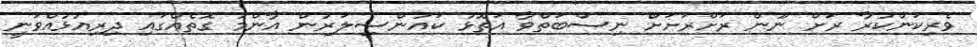
ވެރިކަންކުރާ ރަށް ނޫން ރަށްރަށަށް ނިސްބަތްވާ އަތޮޅު ކައުންސިލަރުން އާންމު ގޮތެއްގައި ދިރިއުޅުއްވަނީ